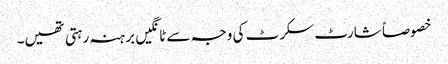
خصوصاً شارٹ سکرٹ کی وجہ سے ٹانگیں برہنہ رہتی تھیں۔